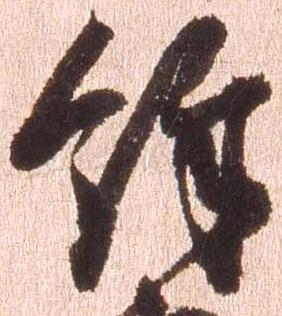
余